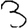
Digit: 3